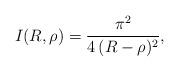
LaTeX: \begin{align*}I(R, \rho)=\frac{\pi^2}{4\, (R-\rho)^2},\end{align*}